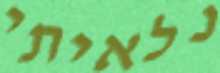
נלאיתי